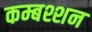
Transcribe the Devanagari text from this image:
कम्बश्शन